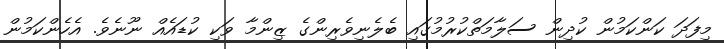
މިފަދަ ކަންކަމުން ކުދިން ސަލާމަތްކުރުމުގައި ބެލެނިވެރިންގެ ޒިންމާ ވަކި ކުޑައެއް ނޫނެވެ. އެހެންކަމުން